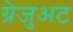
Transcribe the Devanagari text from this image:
ग्रेजुअट